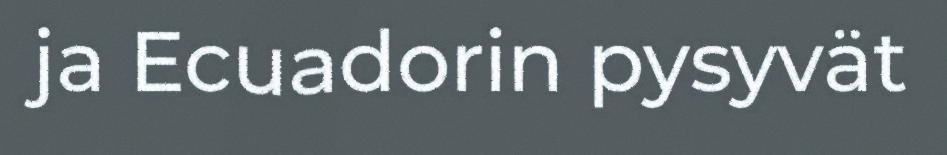
ja Ecuadorin pysyvät